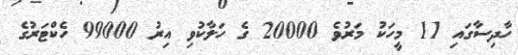
ހާދިސާގައި 11 މީހަކު މަރުވެ 20000 ގެ ހަލާކުވި އިރު 99000 ހެކްޓަރުގެ